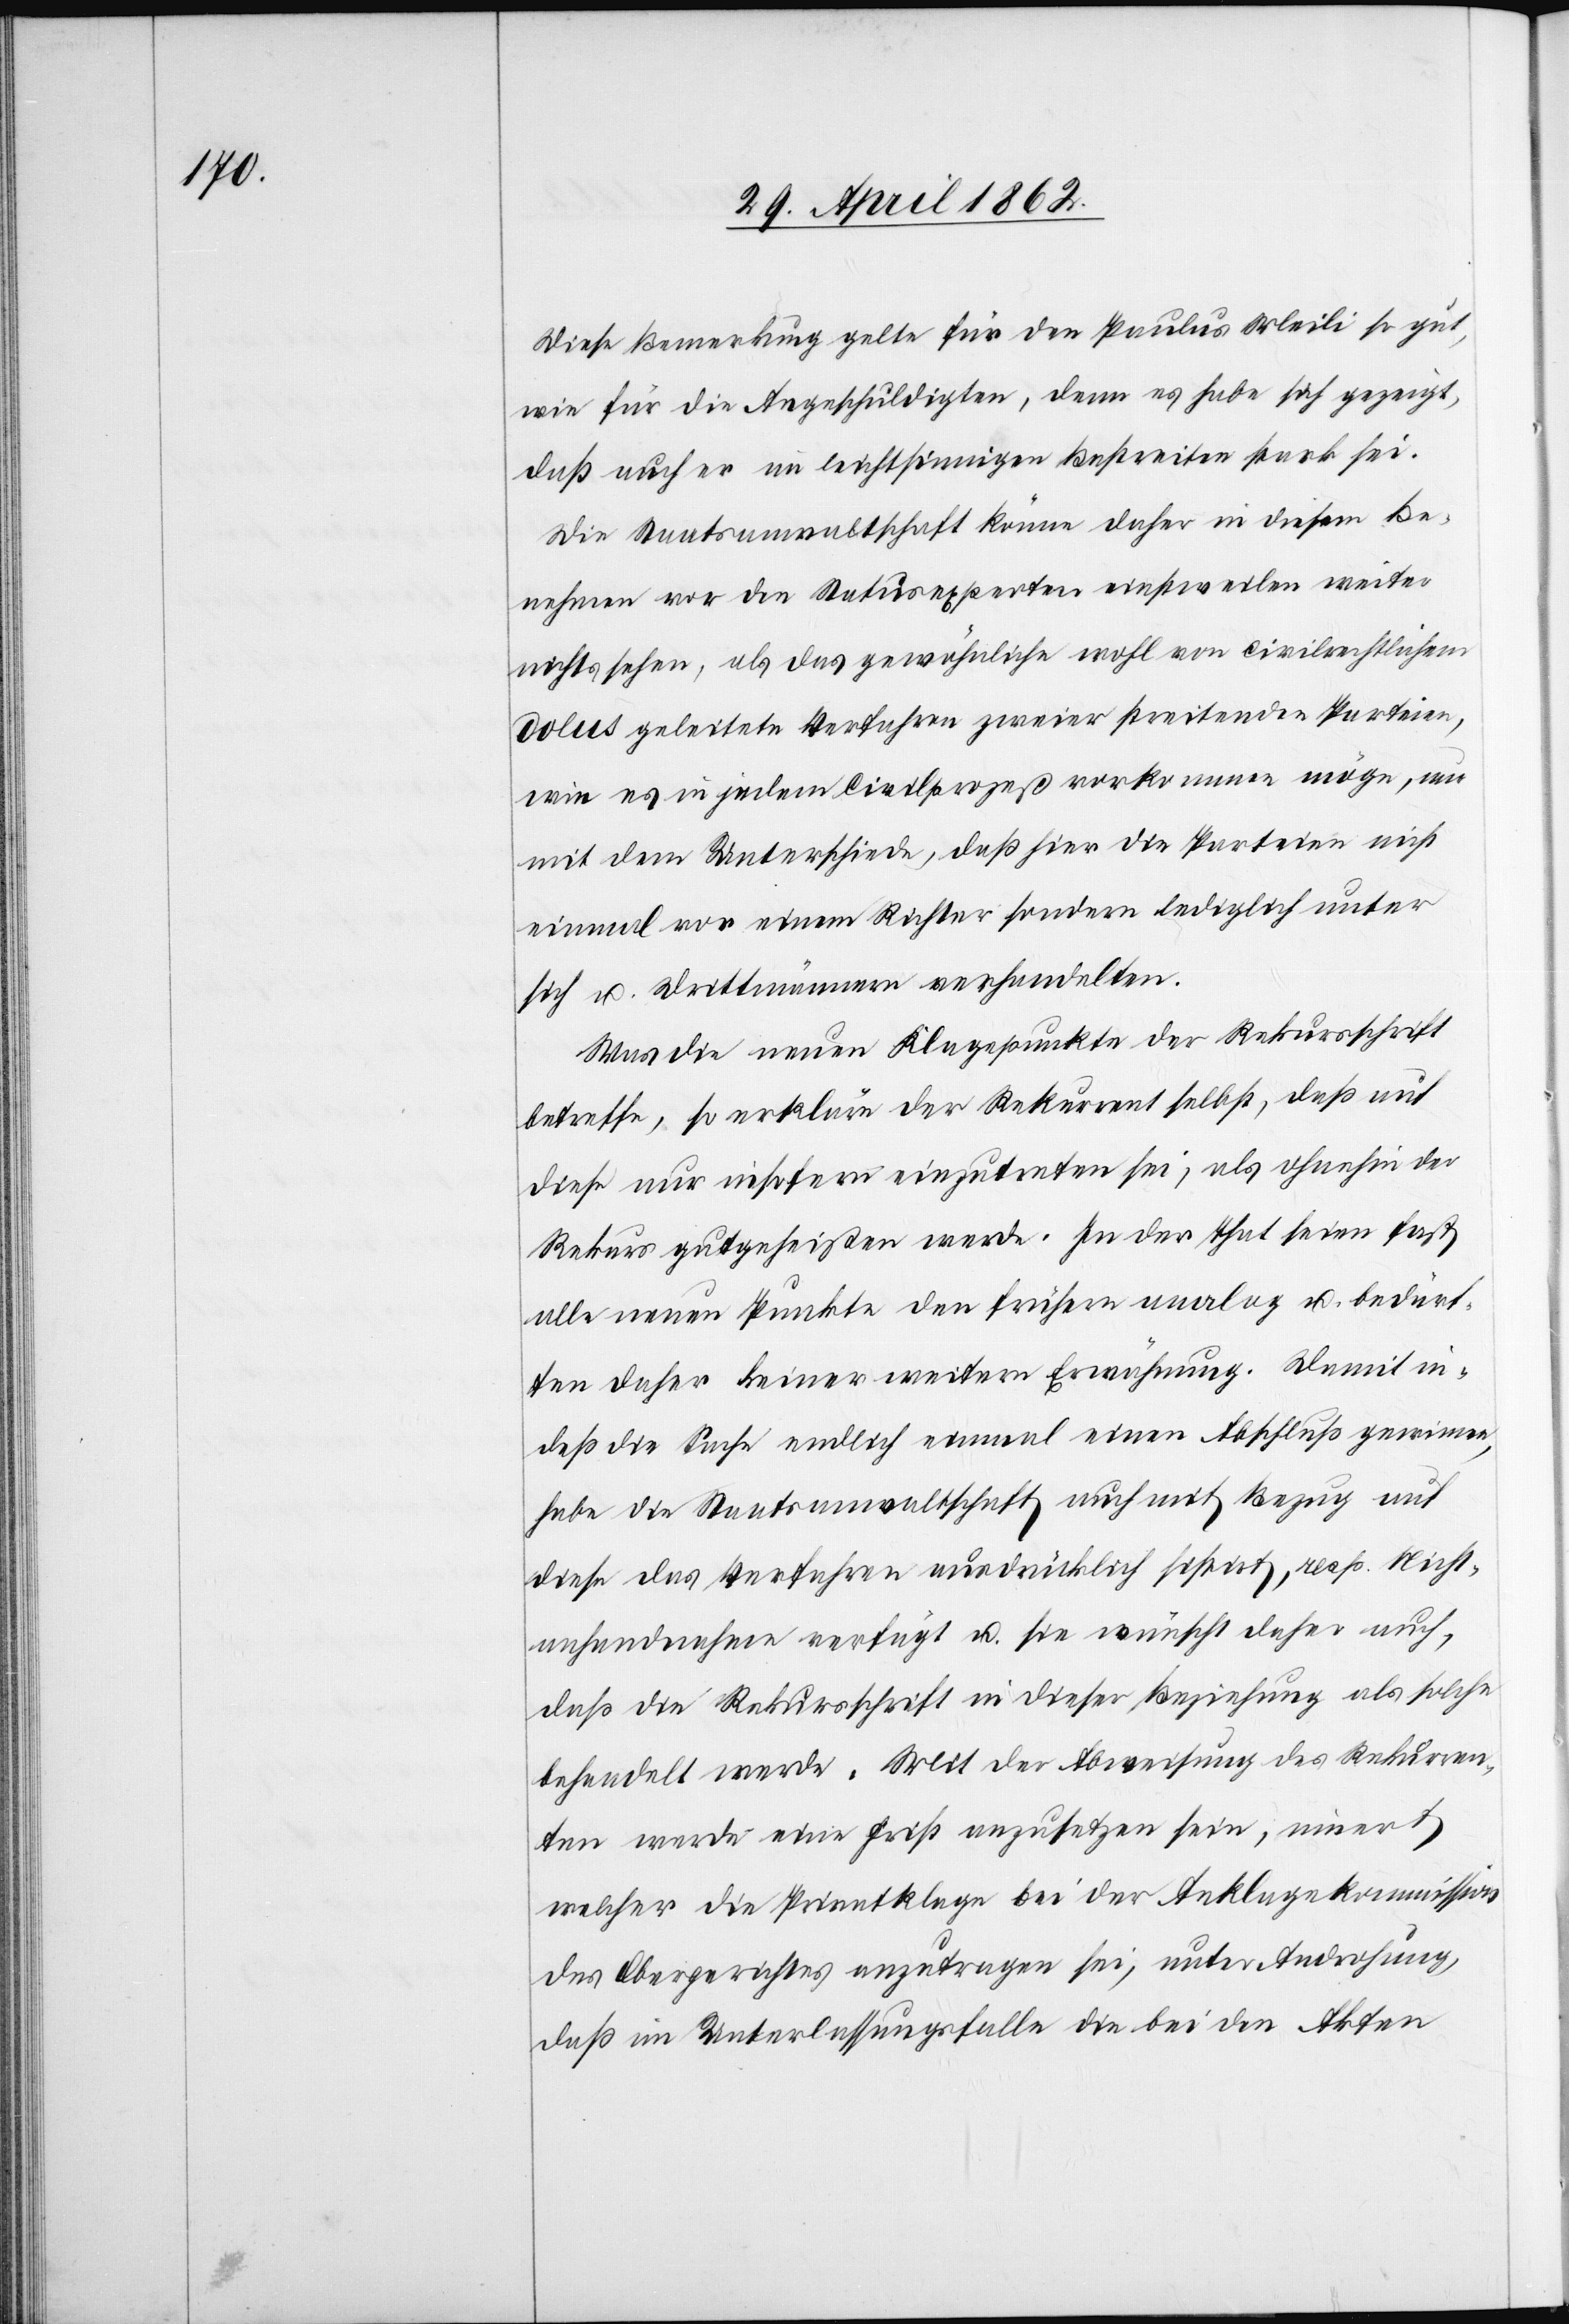
Diese Bemerkung gelte für den Paulus Meili so gut,
wie für die Angeschuldigten, denn es habe sich gezeigt,
daß auch er im leichtsinnigen Bestreiten stark sei.
Die Staatsanwaltschaft könne daher in diesem Be¬
nehmen vor den Statusexperten einstweilen weiter
nichts sehen, als das gewöhnliche wohl von civilrechtlichem
dolus geleitete Verfahren zweier streitenden Parteien,
wie es in jedem Civilprozeß vorkommen möge, nur
mit dem Unterschiede, daß hier die Parteien nicht
einmal vor einem Richter sondern lediglich unter
sich u. Drittmännern verhandelten.
Was die neuen Klagepunkte der Rekursschrift
betreffe, so erkläre der Rekurrent selbst, daß auf
diese nur insofern einzutreten sei, als ohnehin der
Rekurs gutgeheißen werde. In der That seien fast
alle neuen Punkte den frühern analog u. bedürf¬
ten daher keiner weitern Erwähnung. Damit in¬
deß die Sache endlich einmal einen Abschluß gewinne,
habe die Staatsanwaltschaft auch mit Bezug auf
diese das Verfahren ausdrücklich sistirt, resp. Nicht¬
anhandnahme verfügt u. sie wünscht daher auch,
daß die Rekursschrift in dieser Beziehung als solche
behandelt werde. Mit der Abweisung des Rekurren¬
ten werde eine Frist anzusetzen sein, innert
welcher die Privatklage bei der Anklagekommission
des Obergerichtes anzutragen sei, unter Androhung,
daß im Unterlassungsfalle die bei den Akten